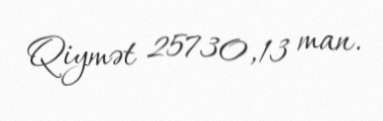
Qiymət 25730,13 man.